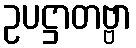
ဥပဋ္ဌာတဗ္ဗာ